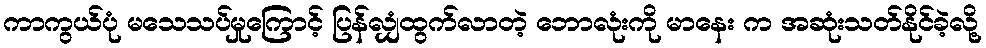
ကာကွယ်ပုံ မသေသပ်မှုကြောင့် ပြန်လျှံထွက်လာတဲ့ ဘောလုံးကို မာနေး က အဆုံးသတ်နိုင်ခဲ့လို့